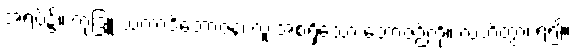
အရပ်၌။ ကုဒြူ သကာဒိဘောဇနံ၊ လူးအစရှိသော ဘောဇဉ်ကို။ လဘိတွာ၊ ရ၍။